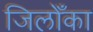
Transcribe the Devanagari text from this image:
जिलोँका